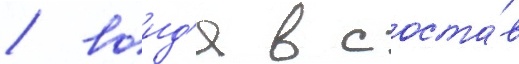
/ воид'я в соста́в